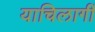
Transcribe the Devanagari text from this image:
याचिलागीं